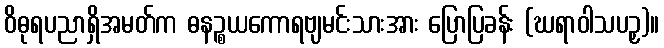
ဝိဓုရပညာရှိအမတ်က ဓနဉ္စယကောရဗျမင်းသားအား ပြောပြခန်း (ဃရာဝါသပဉှ)။